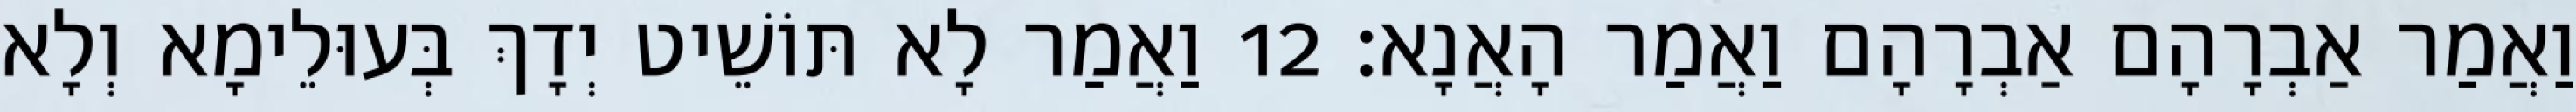
וַאֲמַר אַבְרָהָם אַבְרָהָם וַאֲמַר הָאֲנָא׃ 12 וַאֲמַר לָא תּוֹשֵׁיט יְדָךְ בְּעוּלֵימָא וְלָא